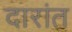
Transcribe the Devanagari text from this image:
दारांत